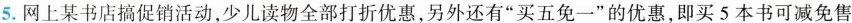
5.网上某书店搞促销活动，少儿读物全部打折优惠，另外还有”买五免-一”的优惠，即买5本书可减免售